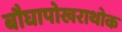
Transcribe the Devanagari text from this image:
बौघापोखराथोक